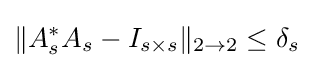
\|A_{s}^{*}A_{s}-I_{s\times s}\|_{2\to 2}\leq \delta _{s}